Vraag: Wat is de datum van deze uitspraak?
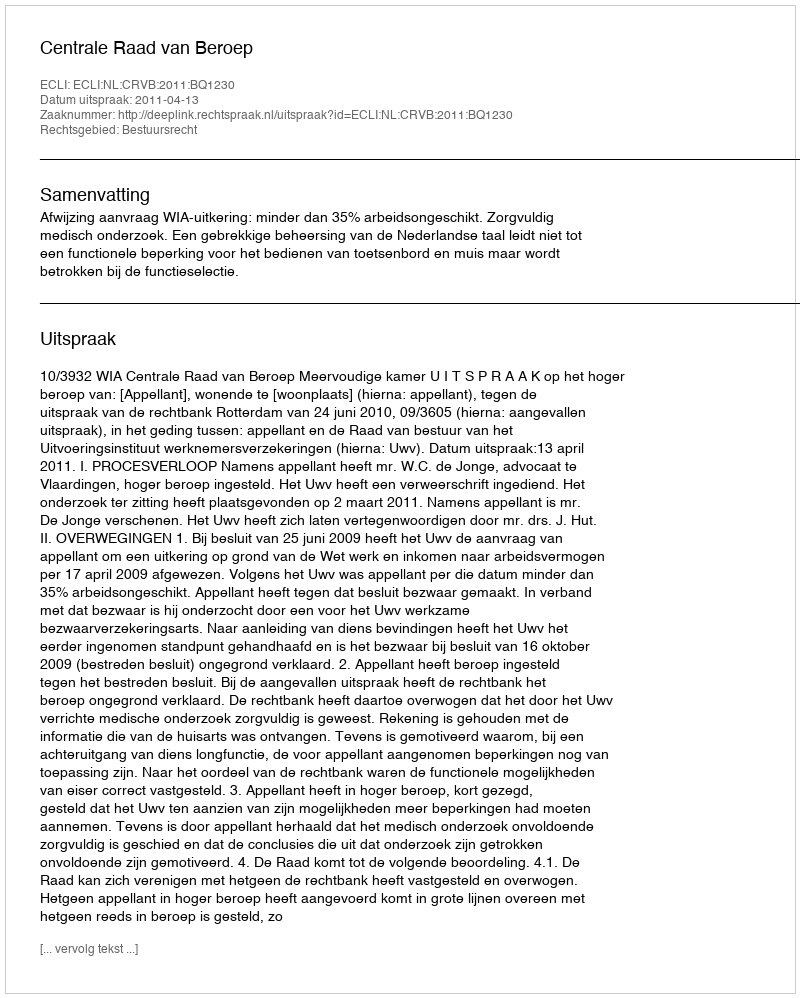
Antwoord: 2011-04-13